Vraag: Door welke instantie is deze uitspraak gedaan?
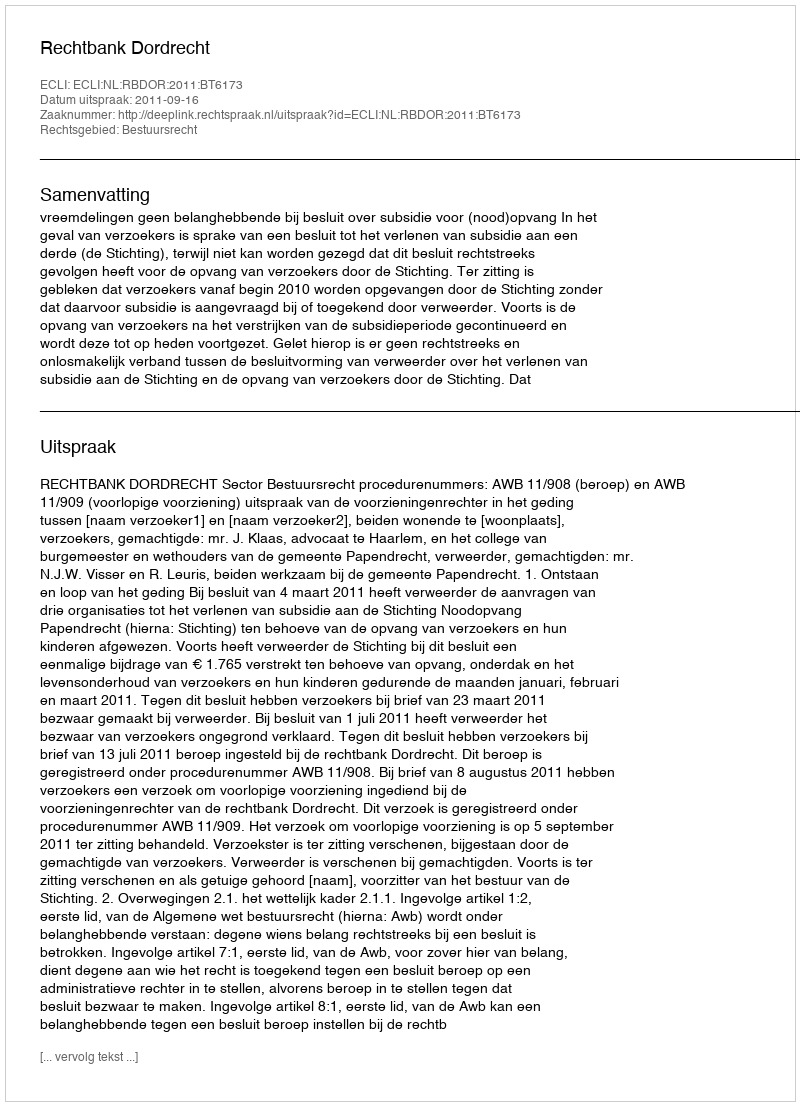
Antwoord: Rechtbank Dordrecht